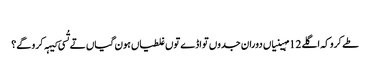
‏
طے کرو کہ اگلے 12 مہینیاں دوران جدوں تواڈے توں غلطیاں ہون گیاں تے تُسی کیہہ کرو گے؟